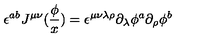
\epsilon ^ { a b } J ^ { \mu \nu } ( \frac \phi x ) = \epsilon ^ { \mu \nu \lambda \rho } \partial _ { \lambda } \phi ^ { a } \partial _ { \rho } \phi ^ { b }